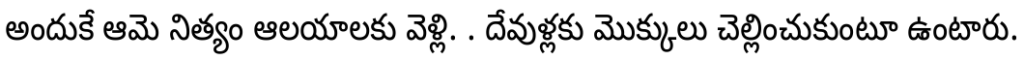
అందుకే ఆమె నిత్యం ఆలయాలకు వెళ్లి. . దేవుళ్లకు మొక్కులు చెల్లించుకుంటూ ఉంటారు.